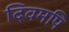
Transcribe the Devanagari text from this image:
दिवमपि